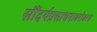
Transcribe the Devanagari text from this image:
सौंदर्यप्रसाधनाबरोबरच